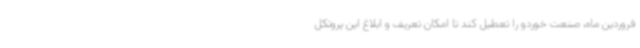
فروردین ماه، صنعت خوردو را تعطیل کند تا امکان تعریف و ابلاغ این پروتکل